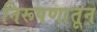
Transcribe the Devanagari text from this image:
निरूपणातून